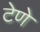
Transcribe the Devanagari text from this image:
टेणे